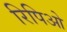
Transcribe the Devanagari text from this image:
रिपिओ